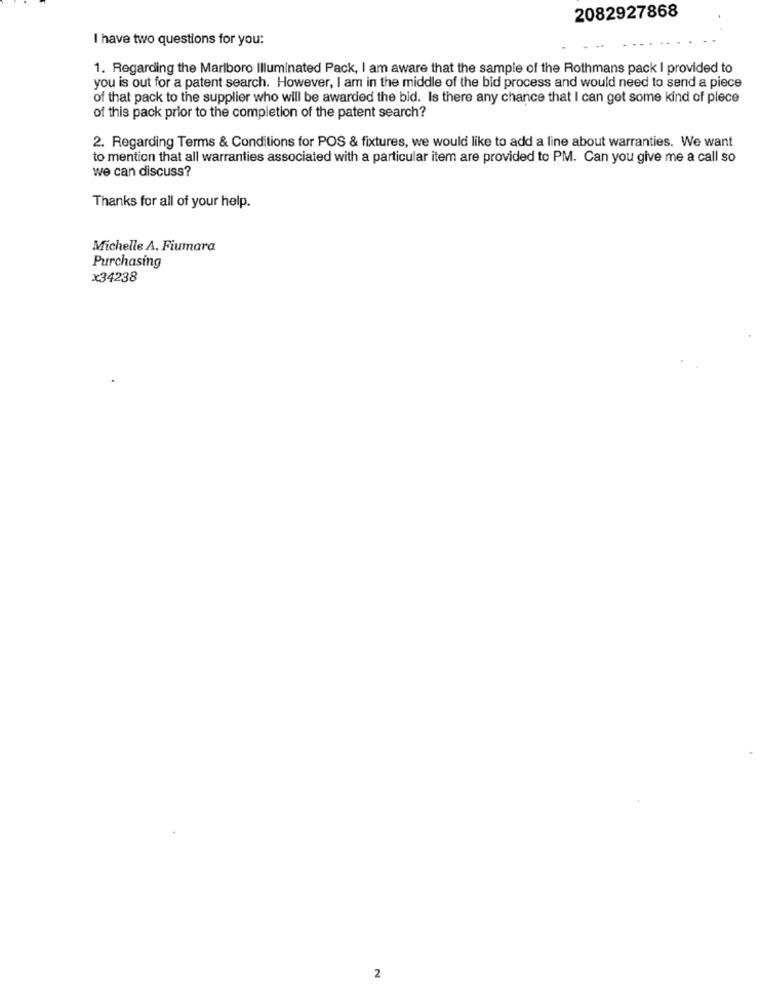
2082927868
I have two questions for you:
1. Regarding the Marlboro Illuminated Pack, I am aware that the sample of the Rothmans pack I provided to
you is out for a patent search. However, I am in the middle of the bid process and would need to send a piece
of that pack to the supplier who will be awarded the bid. Is there any chance that I can get some kind of plece
of this pack prior to the completion of the patent search?
2. Regarding Terms & Conditions for POS & fixtures, we would like to add a line about warranties. We want
to mention that all warranties associated with a particular item are provided to PM. Can you give me a call so
we can discuss?
Thanks for all of your help.
Michelle A. Fiumara
Purchasing
x34238
2